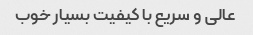
عالی و سریع با کیفیت بسیار خوب